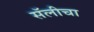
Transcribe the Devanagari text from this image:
सॅलीचा